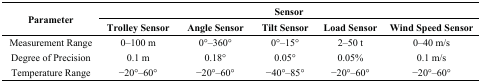
| <ROWSPAN=3> Parameter | <COLSPAN=5> Sensor |
 | Trolley Sensor | Angle Sensor | Tilt Sensor | Load Sensor | Wind Speed Sensor |
 | --- | --- | --- | --- | --- | --- |
 | Measurement Range | 0–100 m | 0°–360° | 0°–15° | 2–50 t | 0–40 m/s |
 | Degree of Precision | 0.1 m | 0.18° | 0.05° | 0.05% | 0.1 m/s |
 | Temperature Range | −20°–60° | −20°–60° | −40°–85° | −20°–60° | −20°–60° |